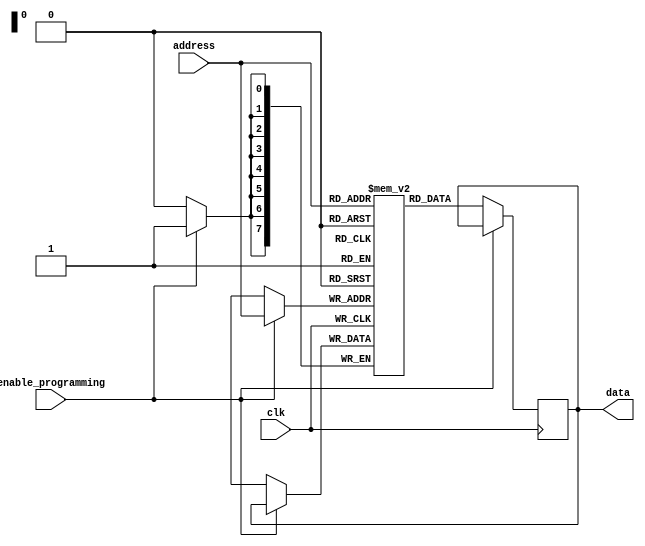
module PROM(
    input wire clk,
    input wire enable_programming,
    input wire [7:0] address,
    output reg [7:0] data
);

reg [7:0] memory [0:255]; // Array of memory blocks

always @(posedge clk) begin
    if(enable_programming) begin
        // Programming mode
        memory[address] <= data; // Write data into memory block
    end else begin
        // Read mode
        data <= memory[address]; // Read data from memory block
    end
end

endmodule